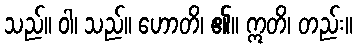
သည်။ ဝါ၊ သည်။ ဟောတိ၊ ၏။ ဣတိ၊ တည်း။